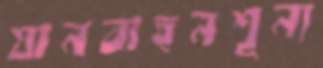
যানবাহনশূন্য